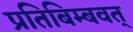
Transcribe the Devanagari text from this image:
प्रतिबिम्बवत्